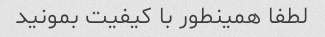
لطفا همینطور با کیفیت بمونید